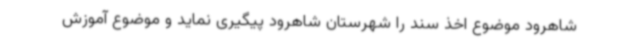
شاهرود موضوع اخذ سند را شهرستان شاهرود پیگیری نماید و موضوع آموزش